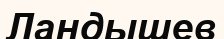
Ландышев